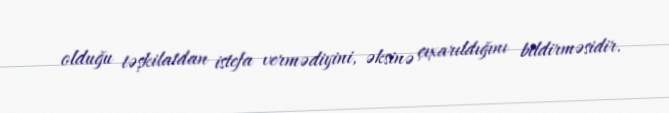
olduğu təşkilatdan istefa vermədiyini, əksinə çıxarıldığını bildirməsidir.